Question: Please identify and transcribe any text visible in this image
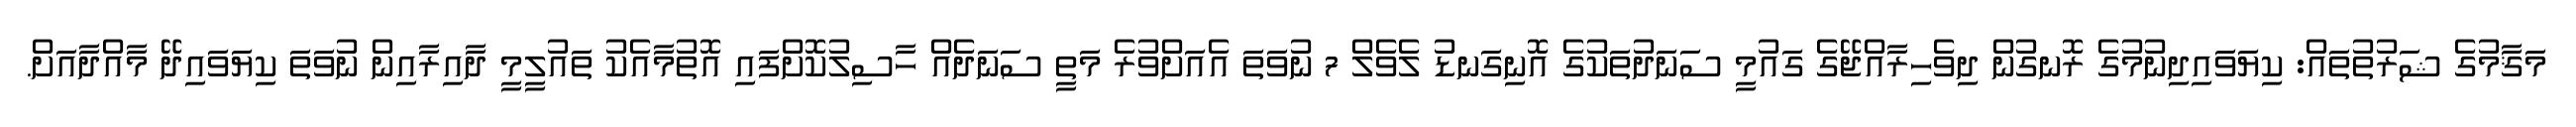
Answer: މަޤާމުގެ ޝަރުތުތައް: ކިޔަވައިދިނުމުގެ ރޮނގުން ދިވެހިރާއްޖޭގެ ގައުމީ ސަނަދުތަކުގެ އޮނިގަނޑު ލެވެލް 7 ނުވަތަ އެއަށްވުރެ މަތީ ސަނަދެއް ހާސިލުކޮށްފައި އޮތުމާއެކު ތައުލީމީ ދާއިރާއިން ނުވަތަ ކިޔަވައިދޭ މާއްދާއަށް.